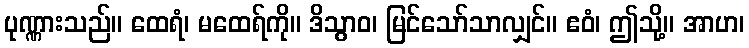
ပုဏ္ဏားသည်။ ထေရံ၊ မထေရ်ကို။ ဒိသွာဝ၊ မြင်သော်သာလျှင်။ ဧဝံ၊ ဤသို့။ အာဟ၊